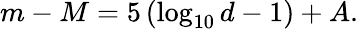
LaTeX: m-M=5\left(\log_{10}d-1\right)+A.